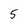
Character: 5